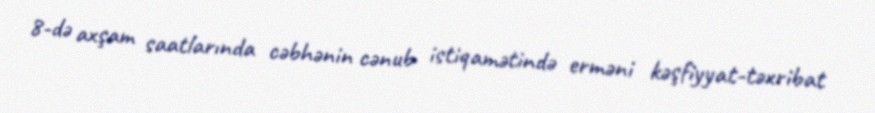
8-də axşam saatlarında cəbhənin cənub istiqamətində erməni kəşfiyyat-təxribat